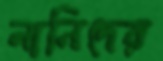
নানিদের